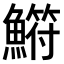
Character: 𫙳